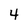
Character: 4